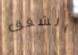
الشقق